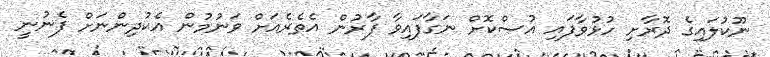
ނޫކުލައިގެ ދޮރާށި ހުޅުވާފައި އުސްކޮށް ނަގާފައިވާ ފާރުން އެތެރެއަށް ވަނުމުން އެކުދިންނަށް ފެނުނީ